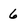
Character: 6